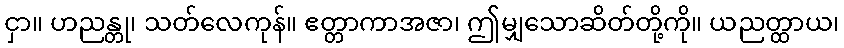
ငှာ။ ဟညန္တု၊ သတ်လေကုန်။ ဧတ္တာကာအဇာ၊ ဤမျှသောဆိတ်တို့ကို။ ယညတ္ထာယ၊